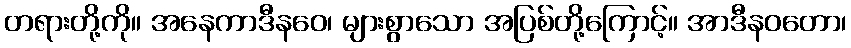
တရားတို့ကို။ အနေကာဒီနဝေ၊ များစွာသော အပြစ်တို့ကြောင့်။ အာဒီနဝတော၊